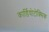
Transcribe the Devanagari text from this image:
कार्डियोटोक्सिक